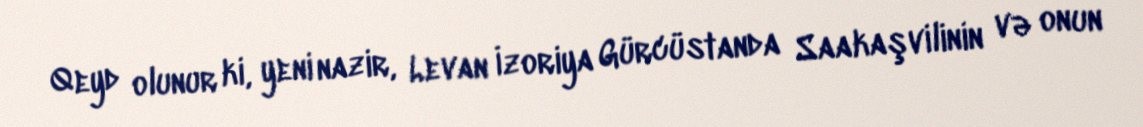
Qeyd olunur ki, yeni nazir, Levan İzoriya Gürcüstanda Saakaşvilinin və onun